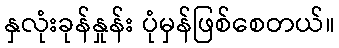
နှလုံးခုန်နှုန်း ပုံမှန်ဖြစ်စေတယ်။